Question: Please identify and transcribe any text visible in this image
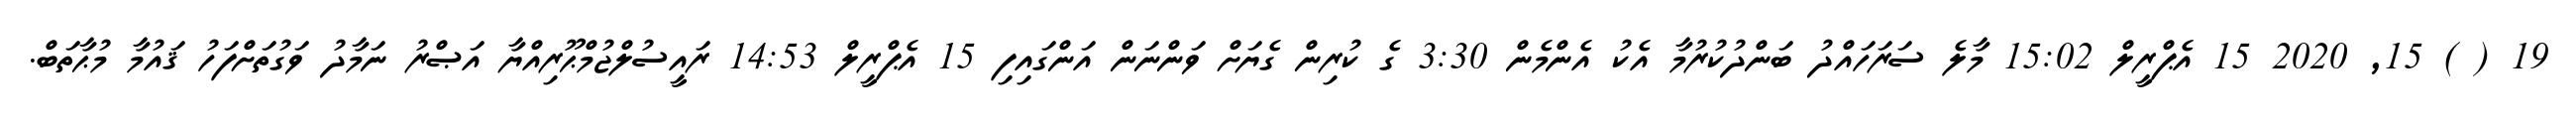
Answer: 19 ( ) 15, 2020 15 އެޕްރީލް 15:02 މާލެ ސަރަހައްދު ބަންދުކުރުމާ އެކު އެންމެން 3:30 ގެ ކުރިން ގެޔަށް ވަންނަން އަންގައިފި 15 އެޕްރީލް 14:53 ރައީސުލްޖުމްޙޫރިއްޔާ އަޞްރު ނަމާދު ވަގުތަށްފަހު ޤައުމާ މުޙާތަބް.